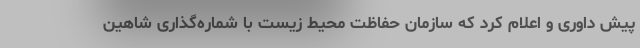
پیش داوری و اعلام کرد که سازمان حفاظت محیط زیست با شماره‌گذاری شاهین